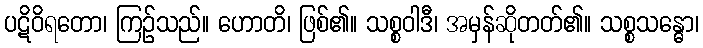
ပဋိဝိရတော၊ ကြဉ်သည်။ ဟောတိ၊ ဖြစ်၏။ သစ္စဝါဒီ၊ အမှန်ဆိုတတ်၏။ သစ္စသန္ဓော၊